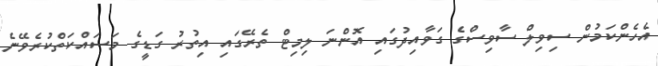
އެހެންކަމުން ސިވިލް ސާވިސްގެ ގަވާއިދުގައި އޮންނަ ލިމިޓް ތެރޭގައި އިތުރު ގަޑީގެ މަސައްކަތްކުރެވޭނެ